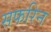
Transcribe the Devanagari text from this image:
सफरिन